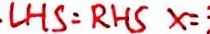
L H S = R H S x =